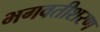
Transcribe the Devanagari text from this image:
भगवतीशरण